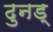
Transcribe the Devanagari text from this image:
ढुनड्